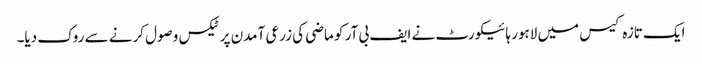
ایک تازہ کیس میں لاہور ہائیکورٹ نے ایف بی آر کو ماضی کی زرعی آمدن پر ٹیکس وصول کرنے سے روک دیا۔